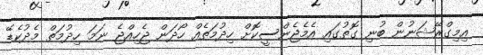
އިމިގްރޭޝަނުން ބުނި ގޮތުގައި އެމެޖެންސީކޮށް ހިދުމަތެއް ހޯދަން ޖެހިއްޖެ ނަމަ ހިދުމަތް މެދުކެޑޭ